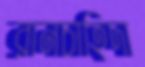
রানচাহিদা